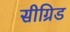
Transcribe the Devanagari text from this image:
सीग्रिड